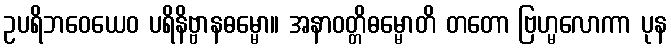
ဥပရိဘဝေယေဝ ပရိနိဗ္ဗာနဓမ္မော။ အနာဝတ္တိဓမ္မောတိ တတော ဗြဟ္မလောကာ ပုန